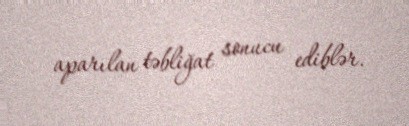
aparılan təbliğat sonucu ediblər.